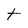
Character: t